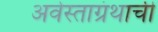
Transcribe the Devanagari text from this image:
अवेस्ताग्रंथाची